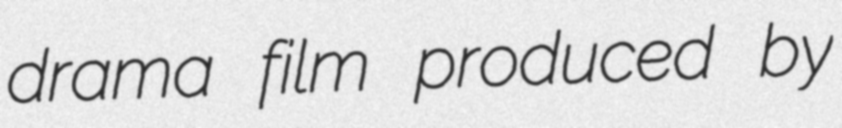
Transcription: drama film produced by